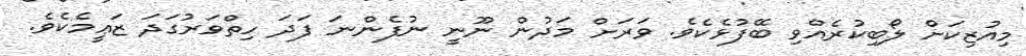
މިއުޒިކަށް ލޯބިކުރެއްވި ބޭފުޅެކެވެ. ވަރަށް މަދުން ނޫނީ ނުފެންނަ ފަދަ ހިތްވަރުގަދަ ޒަޢީމެކެވެ.